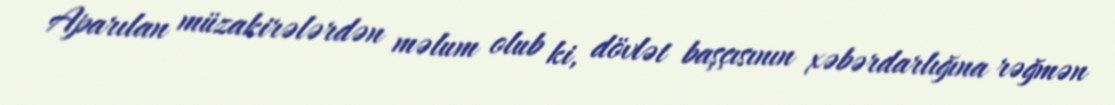
Aparılan müzakirələrdən məlum olub ki, dövlət başçısının xəbərdarlığına rəğmən